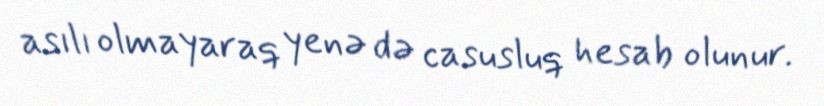
asılı olmayaraq yenə də casusluq hesab olunur.